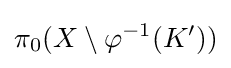
\pi _{0}(X\setminus \varphi ^{-1}(K'))